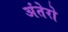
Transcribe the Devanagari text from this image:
अंतेरो